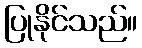
ပြုနိုင်သည်။